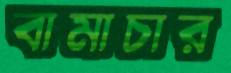
বামাচার